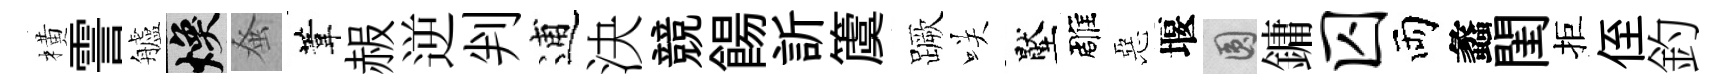
橫霅艫焕𫊫葦赧逆判逋決競餳訢𥵂蹶咲壓雕惡堰圓鏞囚両蠡閨拒侄釣